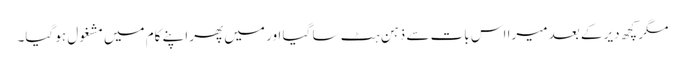
مگر کچھ دیر کے بعد میرا اس بات سے ذہن ہٹ سا گیا اور میں پھر اپنے کام میں مشغول ہو گیا۔